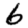
Digit: 6